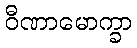
ဝီဏာမောက္ခာ